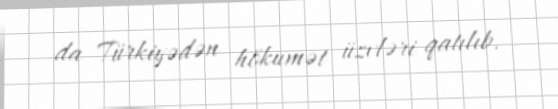
da Türkiyədən hökumət üzvləri qatılıb.